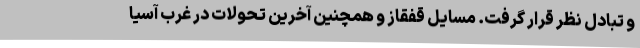
و تبادل نظر قرار گرفت. مسایل قفقاز و همچنین آخرین تحولات در غرب آسیا